Report on horse surra - Volume I
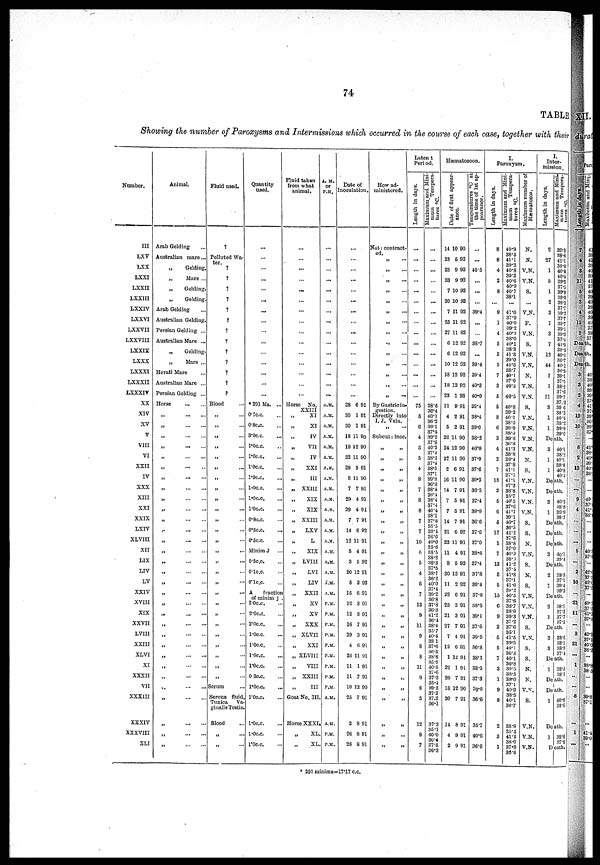
74
TABLE
Showing the number of Paroxysms and Intermissions which occurred in the course of each case, together with their
Number.
III
LXV
LXX
LXXI
LXXII
LXXIII
LXXIV
LXXVI
LXXVII
LXXVIII
LXXIX
LXXX
LXXXI
LXXXII
LXXXIV
XX
XIV
XV
V
VIII
VI
XXII
IV
XXX
XIII
XXI
XXIX
LXIV
XLVIII
XII
LIX
LIV
LV
XXIV
XVIII
XIX
XXVII
LVIII
XXIII
XLVI
XI
XXXII
VII
XXXIII
XXXIV
XXXVIII
XLI
Animal.
Arab Gelding
Australian mare...
„
Gelding.
„
More...
„
Gelding.
„
Gelding.
Arab Gelding
Australian Gelding.
Persian Gelding ...
Australian Mare ...
„
Gelding.
„
Mare ...
Herati Mare
Australian Mare ...
Persian Gelding ...
Horse
...
...
„ ... ...
„ ... ...
„ ... ...
„ ... ...
„ ... ...
„ ... ...
„ ... ...
„ ... ...
„ ... ...
„ ... ...
„ ... ...
„ ... ...
„ ... ...
„ ... ...
„ ... ...
„ ... ...
„ ... ...
„ ... ...
„ ... ...
„ ... ...
„ ... ...
„ ... ...
„ ... ...
„ ... ...
„ ... ...
„ ... ...
„ ... ..
„
...
...
„ ... ...
„ ... ..
„ ... ...
Fluid used.
?
Polluted Wa-
ter.
?
?
?
?
?
?
?
?
?
?
?
?
?
Blood
„ ...
„ ...
„ ...
„ ...
„ ...
„ ...
„ ...
„ ...
„ ...
„ ...
„ ...
„ ...
„ .
„ ...
„ ...
„ ...
„ ...
„ ...
„ ...
„ ...
„ ...
„ ...
„ ...
„ ...
„ ...
„ ...
Scrum ...
Serous fluid
Tunica Va-
ginalis Testis
Blood
„ ...
„ ...
Quantity
used.
...
...
...
...
...
...
...
...
...
...
...
...
...
...
* 291 Ms. ...
0.7c.c. ...
0.8c.c. ...
3.0c.c. ...
1.0c.c. ...
1.0c.c. ...
1.0c.c. ...
1.0c.c. ...
1.0c.c. ...
1.0c.c. ...
1.0c.c. ...
0.8c.c. ...
0.5c.c. ...
0.5c.c. ...
Minim J ...
0.5c.c. ...
0.1c.c. ...
0.1c.c. ...
A
fractioin
of minim j
2.0c.c. ...
2.0c.c. ...
2.0c.c. ...
1.0c.c. ...
1.0c.c. ...
1.0c.c. ...
1.0c.c. ...
0.3c.c. ...
1.0c.c. ...
1.0c.c. ...
1.0c.c. ...
1.0c.c. ...
1.0c.c. ...
Fluid taken
from what
animal.
...
...
...
...
...
...
...
...
...
...
...
...
...
...
...
...
Horse
No.
XXIII
„
XI
„ XI
„ IV
„
VII
„ IV
„
XXI
„ III
„
XXIII
„
XIX
„
XIX
„ XXIII.
„
LXV
„ L
„ XIX
„
LVIII
„
XVI
„
LIV
„
XXII
„
XV
„ XV
„
XXX
„ XLVII
„
XXI
„ XLVIII
„
VIII
„ XXIII
„
III.
Goat No. III.
Horse XXXI.
„ XL.
„
XI.
A.M.
or
P.M.
...
...
...
...
...
...
...
...
...
...
...
...
...
...
...
A.M.
A.M.
A.M.
A.M.
A.M.
A.M.
A.M.
A.M.
A.M.
A.M.
A.M.
A.M.
A.M.
A.M.
A.M.
A.M.
A.M.
A.M.
A.M.
P.M.
P.M.
P.M.
P.M.
P.M.
P.M.
P.M.
P.M.
P.M.
A.M.
A.M
P.M.
P.M
Date of
Inoculation.
...
...
...
...
...
...
...
...
...
...
...
...
...
...
...
....
28 6 01
30 1 01
30 1 01
18 11 90
19 12 90
22 11 90
29 5 91
8 11 90
7 7 91
29 4 91
29 4 91
7 7 91
14 6 92
12 11 91
5 4 91
3 5 92
26 12 91
6 2 92
15 6 91
12 3 91
12 3 91
16 7 91
29 3 91
4 6 91
23 11 91
11 1 91
11 7 91
10 12 90
25 7 91
2 8 91
26 8 91
26 8 91
How administered.
Nat : contracted.
„ ...
„ ...
„ ...
„
...
„ ...
„ ...
„ ...
„ ...
„
...
„ ...
„ ...
„
...
„ ...
„ ...
By Gastric in-
gestion.
Directly into
I. J. Vein.
„ „
Subcut: inoc.
„ „
„ „
„ „
„ „
„ „
„ „
„ „
„ „
„ „
„ „
„ „
„ „
„ „
„ „
„ „
„ „
„ „
„ „
„ „
„ „
„ „
„ „
„ „
„ „
„ „
„ „
„ „
„ „
Latent
Period.
Lenght in Days.
...
...
...
...
...
...
...
...
...
...
...
...
...
...
...
75
5
6
4
5
5
4
8
7
8
8
7
7
10
6
5
4
6
7
13
9
11
9
8
9
11
9
8
12
9
7
Maximum and Mini-
mum Temperatures ºC.
...
...
...
...
...
...
...
...
...
...
...
...
...
38.6
36.4
40.1
36.2
39.1
37.4
39.2
37.8
40.2
37.4
38.2
37.4
38.5
37.1
39.8
36.3
38.4
36.4
38.4
37.4
40.4
38.1
37.8
35.5
39.4
36.6
40.0
35.6
38.5
38.2
38.3
37.5
38.7
36.2
40.0
37.4
39.2
36.8
37.3
36.3
41.2
36.4
38.4
35.7
40.4
38.1
37.6
36.5
38.6
35.5
40.5
37.6
37.3
35.4
39.3
37.2
37.2
36.1
37.3
35.1
40.0
36.6
37.8
36.3
Hæmatozoon.
Date of first appear-
ance
14
23
23
23
7
30
7
25
27
6
6
10
18
18
23
11
4
5
22
24
27
2
16
14
7
7
14
21
22
11
8
30
11
22
25
21
27
7
12
1
22
20
18
30
14
4
2
10
5
9
9
10
10
11
11
11
12
12
12
12
12
1
9
2
2
11
12
11
6
11
7
5
5
7
6
11
4
5
12
2
6
3
3
7
4
6
12
1
7
12
7
8
9
9
90
92
92
92
92
92
92
92
92
92
92
92
92
92
93
91
91
91
90
90
90
91
90
91
91
91
91
92
91
91
92
91
92
91
91
91
91
91
91
91
91
91
90
91
91
91
91
Temperatures ºC at
the time of 1st ap-
pearance.
...
...
40.5
...
...
...
39.4
...
...
38.7
...
39.4
39.4
40.3
40.0
39.4
38.4
39.0
38.2
40.0
37.9
37.6
39.2
36.5
37.4
39.9
36.6
37.6
37.0
38.6
37.4
37.8
39.4
37.8
38.8
39.1
37.5
39.5
36.8
38.1
38.5
37.3
39.8
36.6
35.7
40.6
36.6
I.
Paroxysm.
Lenght in days.
8
8
4
2
8
...
9
1
4
5
3
3
7
3
5
5
8
6
3
4
2
7
18
2
5
6
5
17
1
7
13
5
5
15
6
9
2
5
5
7
3
1
9
8
2
3
7
3
1
9
8
2
3
3
Maximum and Mini-
mum Temperatures ºC
40.9
38.5
41.1
39.2
40.8
39.3
40.6
40.0
40.7
38.1
...
41.0
37.0
40.0
39.2
40.3
38.0
40.1
38.3
41.3
39.0
40.6
38.7
40.1
37.6
40.3
40.5
40.8
39.2
40.1
38.0
39.9
38.0
39.0
36.8
41.3
38.8
39.4
37.8
41.1
37.5
41.1
37.3
38.8
35.7
40.5
37.6
41.7
39.1
40.7
36.5
41.2
37.0
38.8
37.0
40.3
38.8
41.2
37.4
41.8
37.1
41.6
39.2
40.5
37.6
38.7
38.0
39.3
37.2
37.6
35.1
41.5
39.5
40.1
36.3
40.1
36.8
39.5
38.5
38.0
37.1
40.0
38.5
40.1
36.7
38.9
35.5
41.2
38.0
37.8
36.6
Maximum number of
Hæmatozoa.
N.
N.
V.N.
V.N.
S.
...
V.N.
P.
V.N.
S.
V.N.
V.N.
N.
V.N.
V.N.
S.
V.N.
V.N.
V.N.
V.N.
N.
S.
V.N.
V.N.
V.N.
V.N.
S.
S.
N.
V.N.
S.
N.
S.
V.N.
V.N.
V.N.
S.
V.N.
S.
S.
N.
N.
V.N.
S.
V.N
V.N
V.N
I.
Inter-
mission.
Lenght in days.
2
27
1
5
1
2
3
1
3
7
13
44
1
1
11
3
1
1
Maximum and
mum Temperat
39.3
38.6
41.1
38.0
40.6
40.4
39.3
37.5
39.8
89.0
38.3
37.7
30.2
37.7
39.7
39.1
39.3
37.4
41.0
38.5
40.3
30.7
40.1
36.5
39.1
37.5
38.2
37.6
39.7
37.3
39.6
38.2
40.4
38.2
39.9
39.6
Death.
3
1
1
40.1
38.2
40.1
38.3
40.8
40.3
Death.
Death.
2
1
40.3
38.8
39.9
39.7
Death.
Death.
Death.
3 40.1
39.4
Death.
2
1
38.0
37.1
394
39.3
Death.
2
1
38.1
37.2
37.7
37.5
Death.
3
3
39.6
38.1
38.9
37.4
Death.
1 38.8
38.1
Death.
Death.
1 40.0
38.6
Death.
1 38.6
37.8
Death
* 291 minims=l7.17 c.c.